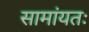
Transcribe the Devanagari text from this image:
सामांयतः